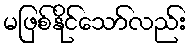
မဖြစ်နိုင်သော်လည်း